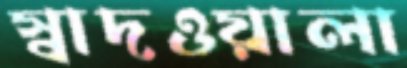
স্বাদওয়ালা